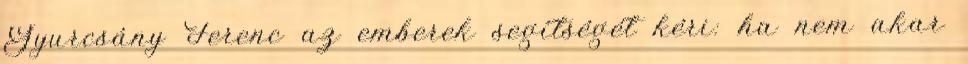
Gyurcsány Ferenc az emberek segítségét kéri: ha nem akar